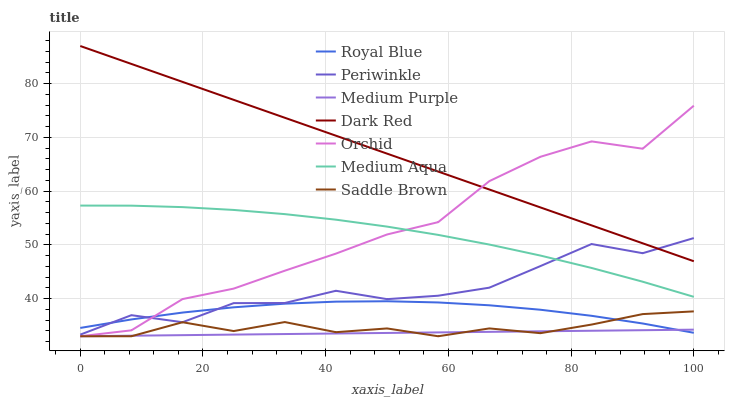
| xaxis_label | Royal Blue | Periwinkle | Medium Purple | Dark Red | Orchid | Medium Aqua | Saddle Brown |
 | --- | --- | --- | --- | --- | --- | --- | --- |
 | 0 | 34.5 | 33.3 | 33 | 87 | 33 | 57.3 | 33 |
 | 8.33 | 36.1 | 36.9 | 33.1 | 83.7 | 34.1 | 57.3 | 33 |
 | 16.7 | 37.4 | 35.6 | 33.2 | 80.3 | 39.9 | 57 | 35.6 |
 | 25 | 38.4 | 39.2 | 33.3 | 77 | 41.9 | 56.5 | 34 |
 | 33.3 | 39.1 | 39.2 | 33.4 | 73.7 | 45.2 | 55.7 | 35.6 |
 | 41.7 | 39.4 | 41.5 | 33.5 | 70.3 | 48.4 | 54.7 | 33.8 |
 | 50 | 39.5 | 39.9 | 33.6 | 67 | 51.9 | 53.4 | 34.5 |
 | 58.3 | 39.3 | 40.5 | 33.7 | 63.6 | 54.2 | 51.9 | 33 |
 | 66.7 | 38.8 | 42 | 33.8 | 60.3 | 61.9 | 50.1 | 34.5 |
 | 75 | 37.9 | 46.1 | 33.9 | 57 | 66.4 | 48 | 33.6 |
 | 83.3 | 36.8 | 50.2 | 34 | 53.6 | 69.3 | 45.7 | 35.2 |
 | 91.7 | 35.4 | 48.5 | 34.1 | 50.3 | 67.9 | 43.1 | 37.1 |
 | 100 | 33.6 | 51.3 | 34.2 | 47 | 75.9 | 40.3 | 37.6 |